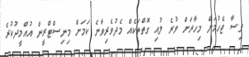
ވިސާ ޖެހުމަށް މިހާރަށް ވުރެ ލުއި ގޮތްތަކެއް މެދުވެރިވާނެ ކަމަށް މިނިސްޓްރީން އުއްމީދުކުރެ